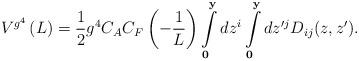
LaTeX: \begin{align*}V^{g^4 } \left( L \right) = \frac{1}{2}g^4 C_A C_F \left( { -\frac{1}{L}} \right) \int\limits_{\bf 0}^{\bf y} {dz^i }\int\limits_{\bf 0}^{\bf y} {dz^{\prime j} } D_{ij}(z,z ^\prime) .\end{align*}